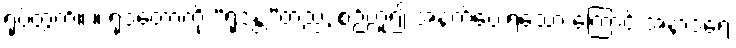
ရုပ်တွက်။ ။ ရုဒတောကို “ရုဒန္တ”တည်, စဉ်ဟူ၍ အနက်ပေးရသော ကြောင့် အနာဒရေ